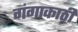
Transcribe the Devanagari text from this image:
गंगाकाठी